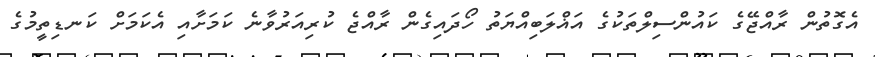
އެގޮތުން ރާއްޖޭގެ ކައުންސިލްތަކުގެ އަޣްލަބިއްޔަތު ހޯދައިގެން ރާއްޖެ ކުރިއަރުވާނެ ކަމަށާއި އެކަމަށް ކަނޑިތީމުގެ